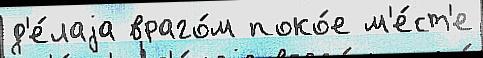
д'е́лаjа враго́м поко́е м'е́ст'е